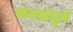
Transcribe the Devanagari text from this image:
समसंयुगे